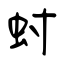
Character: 蚹